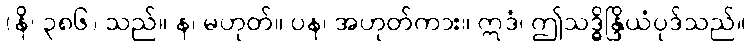
(နိ၊ ၃၈၆) သည်။ န၊ မဟုတ်။ ပန၊ အဟုတ်ကား။ ဣဒံ၊ ဤသဒ္ဓိန္ဒြိယံပုဒ်သည်။